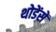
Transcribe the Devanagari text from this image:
थोडेंसें